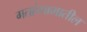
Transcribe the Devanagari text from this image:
गतहंगामातील